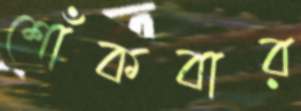
শোঁকবার